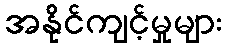
အနိုင်ကျင့်မှုများ